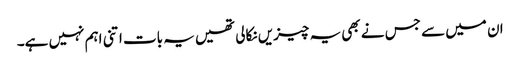
ان میں سے جس نے بھی یہ چیزیں نکالی تھیں یہ بات اتنی اہم نہیں ہے۔